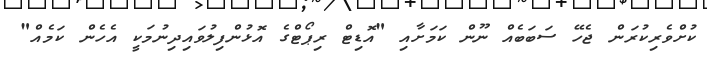
ކުށްވެރިކުރަން ޖެހޭ ސަބަބެއް ނޫން ކަމަށާއި "އޮޑިޓް ރިޕޯޓްގެ އޮޅުންފިލުވައިދިނުމަކީ އެހެން ކަމެއް"